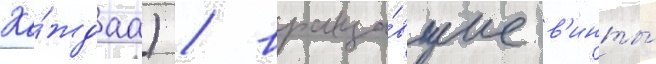
Ка́ждаа) / враща́вшие в'инты́